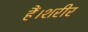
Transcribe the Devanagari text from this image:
हैं।शरीर